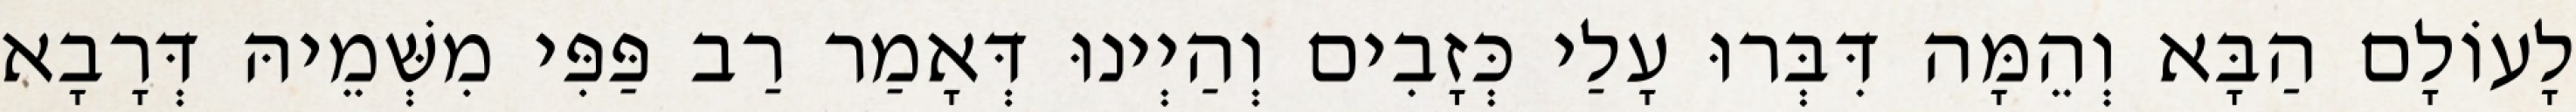
לָעוֹלָם הַבָּא וְהֵמָּה דִּבְּרוּ עָלַי כְּזָבִים וְהַיְינוּ דְּאָמַר רַב פַּפִּי מִשְּׁמֵיהּ דְּרָבָא